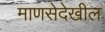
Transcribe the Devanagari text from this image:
माणसेदेखील